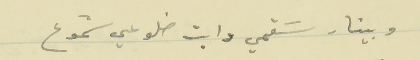
وبينار سَقمي دابت ضلوعي شموع